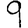
Digit: 9